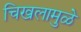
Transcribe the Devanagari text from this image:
चिखलामुळे